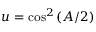
u = \cos ^ { 2 } \left( A / 2 \right)